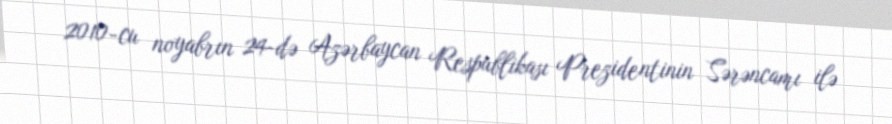
2010-cu noyabrın 24-də Azərbaycan Respublikası Prezidentinin Sərəncamı ilə